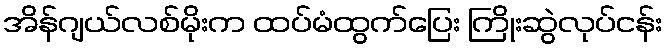
အိန်ဂျယ်လစ်မိုးက ထပ်မံထွက်ပြေး ကြိုးဆွဲလုပ်ငန်း